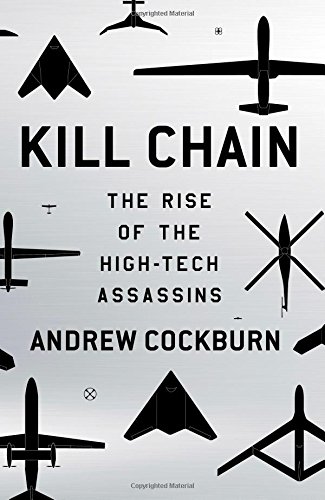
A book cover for Kill Chain: The Rise of the High-Tech Assassins; Andrew Cockburn; History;